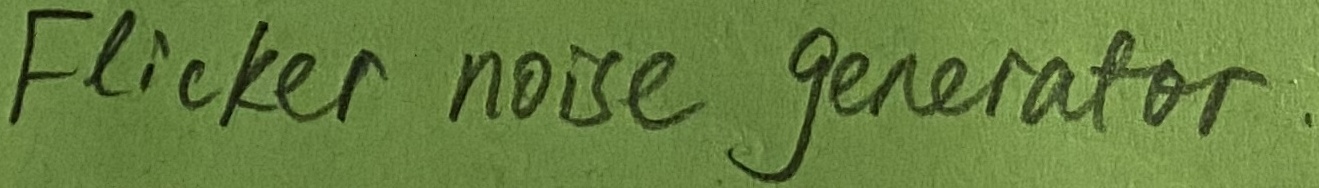
Text: Flicker noise generator